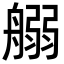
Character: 𦩸